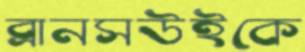
ব্রানসউইকে